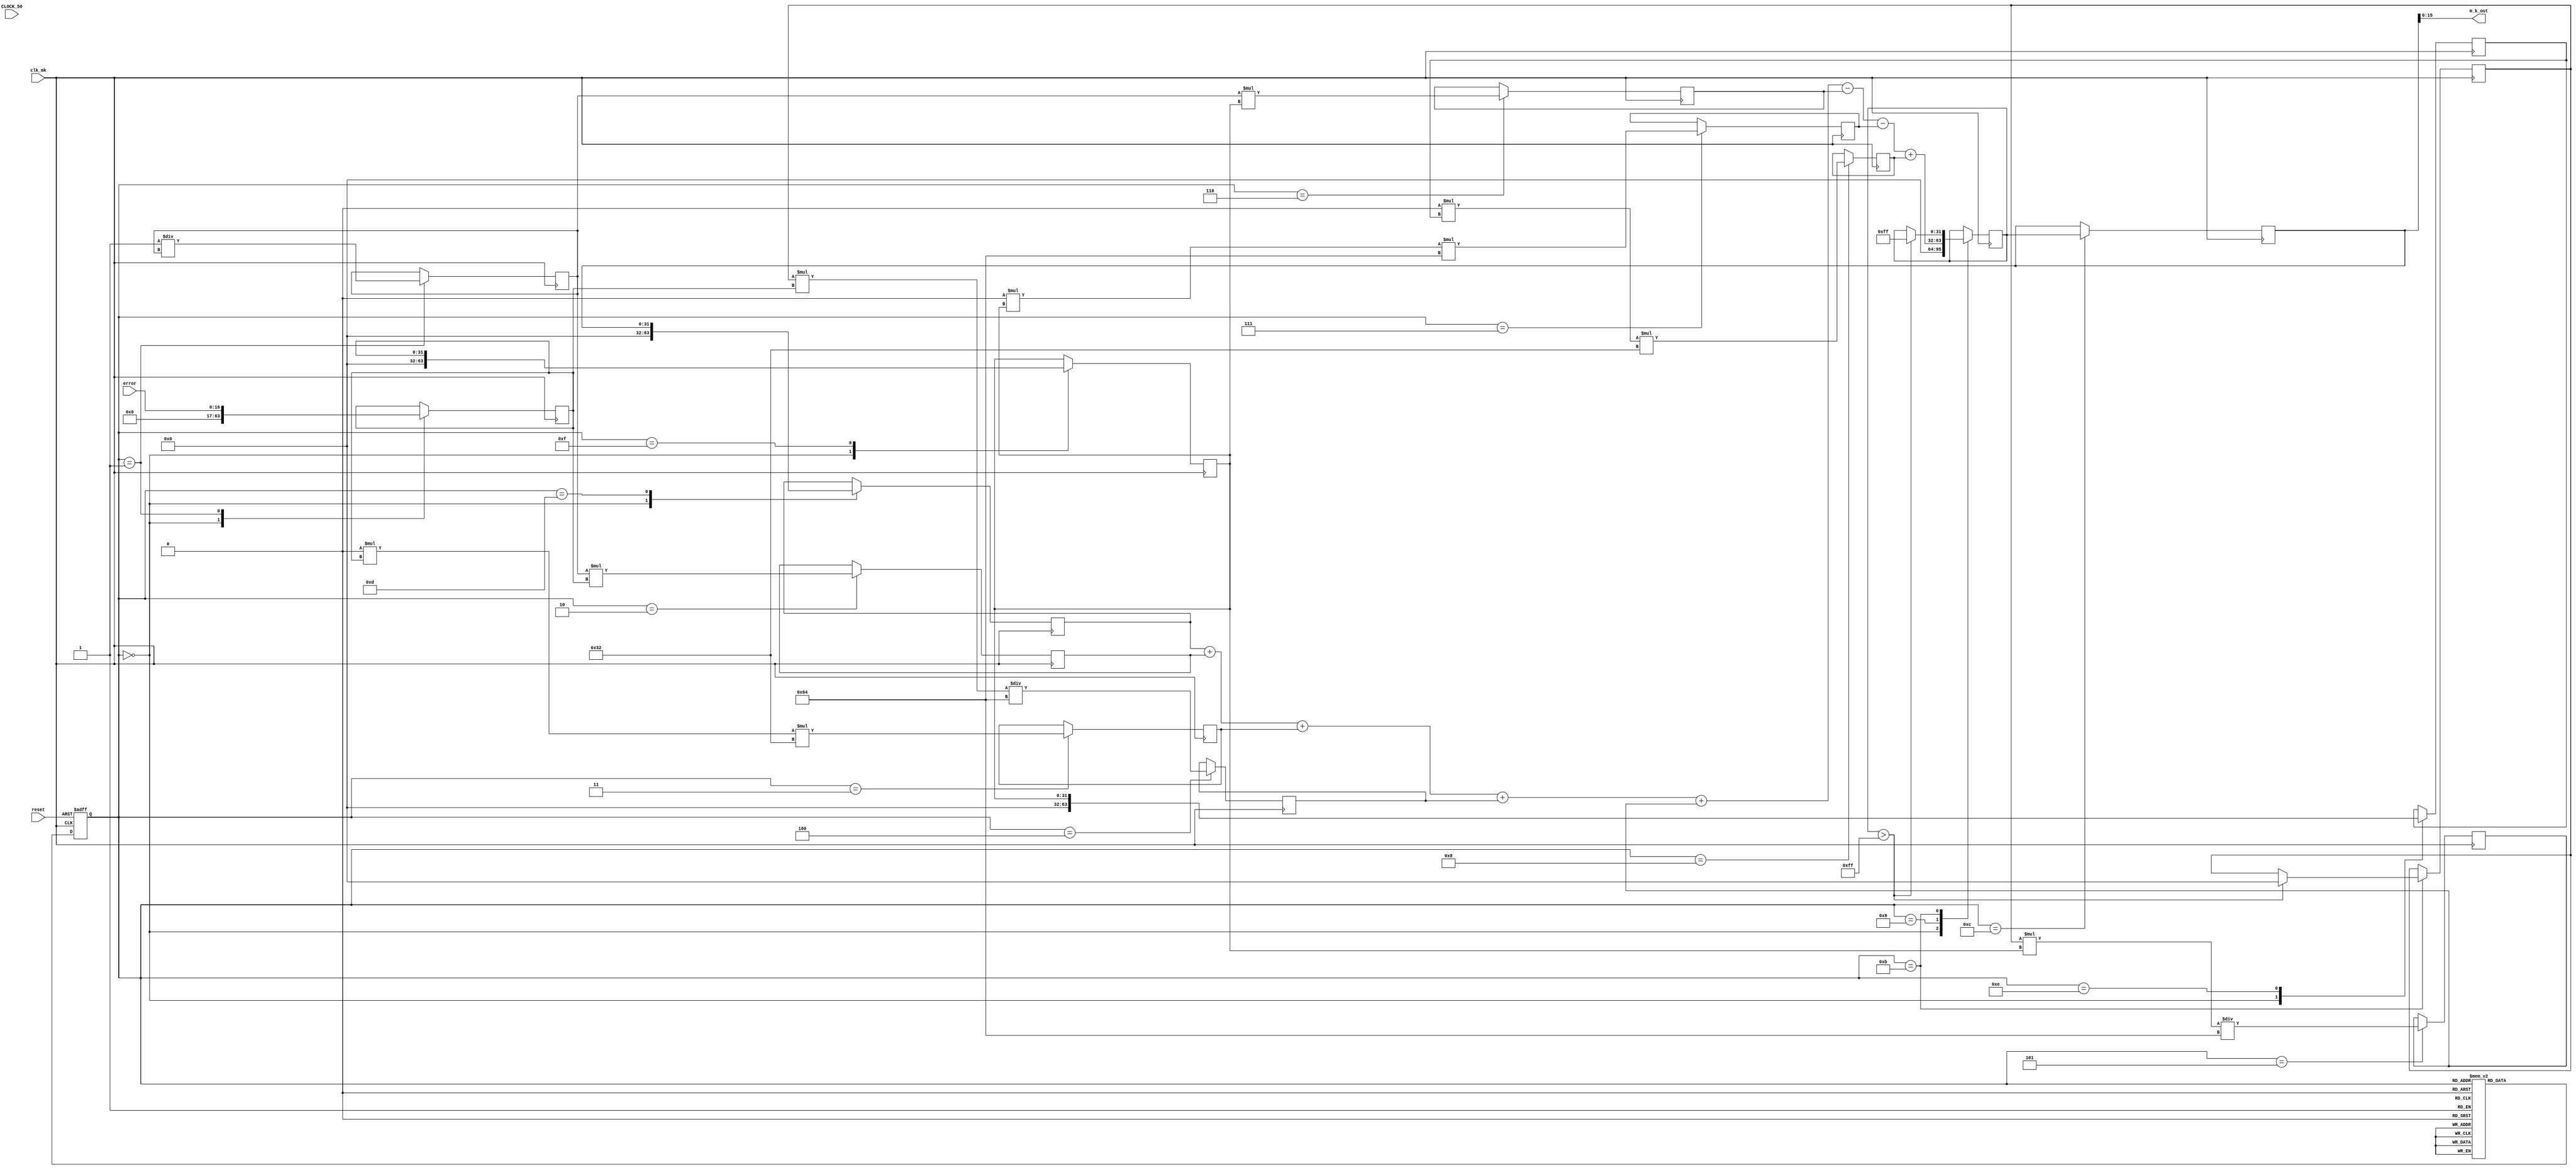
//////////////////////////////////////////////////////////////////////////////////
// University: 	 UPB
// Module Name:    controlador 
// Project Name: 	 ControlPID
// Target Devices: DE0-Nano
//////////////////////////////////////////////////////////////////////////////////
//module controlador(clk_mk, CLOCK_50, error, m_k_out, reset, KP, KI);	
module controlador(clk_mk, CLOCK_50, error, m_k_out, reset);	

input clk_mk, CLOCK_50, reset;
input [16:0] error;			
//input [31:0] KP,KI;
output [15:0] m_k_out;
//output [5:0] GP,GI,GD;


reg [31:0] m_k=32'd0;//muestra actual	
reg [31:0] m_k_1=32'd0;		//muestra anterior 
reg [31:0] e_k_1=32'd0;		//error anterior
reg [31:0] e_k_2=32'd0;		//error 2 veces anterior
reg [31:0] e_k=32'd0;		//error actual
reg [31:0] u_k=32'd0;  		//resultado de la ecuacion PID

reg [31:0] Kp = 32'd1; 		//ganancia proporcional //8//6
reg [31:0] Ki = 32'd50;    //doble sintonizacion		//ganancia integral  //4//2
reg [31:0] Kd = 32'd0; 		//ganancia derivativa 

reg [31:0] f = 32'd50;  		// 1/T frecuencia de muestreo

reg [31:0]u_k_A=32'd0;
reg [31:0]u_k_B=32'd0;
reg [31:0]u_k_C=32'd0;
reg [31:0]u_k_D=32'd0;
reg [31:0]u_k_E=32'd0;
reg [31:0]u_k_F=32'd0;
reg [31:0]u_k_G=32'd0;

/////controlador P////
//reg [24:0] u_k=25'd0;
//always @(posedge clk_20k)
//	u_k<=((Kp)*(e_k)); //////m(k)=Kp*e(k)

	
parameter [3:0] E0=4'b0000;
parameter [3:0] E1=4'b0001;
parameter [3:0] E2=4'b0010;
parameter [3:0] E3=4'b0011;
parameter [3:0] E4=4'b0100;
parameter [3:0] E5=4'b0101;
parameter [3:0] E6=4'b0110;
parameter [3:0] E7=4'b0111;
parameter [3:0] E8=4'b1000;
parameter [3:0] E9=4'b1001;
parameter [3:0] E10=4'b1010;
parameter [3:0] E11=4'b1011;
parameter [3:0] E12=4'b1100;
parameter [3:0] E13=4'b1101;
parameter [3:0] E14=4'b1110;
parameter [3:0] E15=4'b1111;

reg [3:0] estado=4'b0000;
reg [3:0] sgt_estado;

always@(posedge clk_mk or posedge reset)	//logica del registro del siguiente estado
 begin
	if (reset)
	  estado<=E0;
	else
	  estado<=sgt_estado;
 end
 
always @*	//logica secuencial
	case(estado[3:0])
		E0: sgt_estado[3:0]=E1;
		E1: sgt_estado[3:0]=E2;
		E2: sgt_estado[3:0]=E3;
		E3: sgt_estado[3:0]=E4;
		E4: sgt_estado[3:0]=E5;
		E5: sgt_estado[3:0]=E6;
		E6: sgt_estado[3:0]=E7;
		E7: sgt_estado[3:0]=E8;
		E8: sgt_estado[3:0]=E9;
		E9: sgt_estado[3:0]=E10;
		E10: sgt_estado[3:0]=E11;
		E11: sgt_estado[3:0]=E12;
		E12: sgt_estado[3:0]=E13;
		E13: sgt_estado[3:0]=E14;
		E14: sgt_estado[3:0]=E15;
		E15: sgt_estado[3:0]=E1;
		default: sgt_estado[3:0]=E0;
	endcase

always @(posedge clk_mk)	//logica combinacional ...MANTENER SINCRONIZADO CON clk_mk
	case(estado[3:0])
	  E0: begin	  //estado de reinicio
				m_k_1[31:0]<=32'd0;		
				e_k_1[31:0]<=32'd0;		
				e_k_2[31:0]<=32'd0;		
				e_k[31:0]<=32'd0;		
				u_k[31:0]<=32'd0;
			end 
	  E1: begin
				e_k[31:0] <= {15'b000_0000_0000_0000,error[16:0]}; //  e(k) = error
				Kp[31:0]<=1/Kp[31:0];
				Ki[31:0]<=Ki[31:0];
			end
	  E2: u_k_A[31:0] <=  ((Kp)*(e_k[31:0])); 
	  E3:	u_k_B[31:0]	<=	 ((Kd)*(e_k[31:0])*(32'd50)); 
	  E4:	u_k_C[31:0]	<=	 (((Ki)*(e_k[31:0]))/(32'd100)); 
	  E5:	u_k_D[31:0]	<=	 (((Ki)*(e_k_1[31:0]))/(32'd100));  
	  E6:	u_k_E[31:0]	<=	 ((Kp)*(e_k_1[31:0])); 
	  E7:	u_k_F[31:0]	<=	 ((Kd)*(e_k_1[31:0])*(32'd100));  
	  E8:	u_k_G[31:0]	<=	 ((Kd)*(e_k_2[31:0])*(32'd50)); 
	  
	  E9: u_k[31:0] <= ( (m_k_1[31:0]) + (u_k_A[31:0]) + (u_k_B[31:0]) + (u_k_C[31:0]) 
								+ (u_k_D[31:0]) - (u_k_E[31:0]) - (u_k_F[31:0]) + (u_k_G[31:0]) );  
			   //m(k) = m(k-1) + (Kp + Kd/T + KiT/2)*e(k) + (KiT/2 - Kp - 2Kd/T)*e(k-1) + (Kd/T)e(k-2)
	  E10: Ki<=Ki[31:0]; //doble sintoniz  
	  E11: begin //antiwindup
				if (u_k[31:0]>32'd255)  
					begin	
						u_k[31:0]<=32'd255; //enganche de la muestra en el maximo valor
						Ki[31:0]<=32'd0; 		//apaga la parte integral
					end
				else
					begin
						u_k[31:0]<=u_k[31:0];
					end
			end			
	  E12: m_k[31:0] <= u_k[31:0];       //  m(k) = u(k)
	  E13: m_k_1[31:0] <= m_k[31:0];		//  m(k-1) = m(k)
	  E14: e_k_2[31:0] <= e_k_1[31:0];	//  e(k-2) = e(k-1)
	  E15: e_k_1[31:0] <= e_k[31:0];		//  e(k-1) = e(k)
	  default: e_k[31:0] <= {15'b000_0000_0000_0000,error[16:0]};
	endcase

	assign m_k_out[15:0]=m_k[15:0];
	
	//assign GP[5:0]=Kp[5:0];//para el LCD
	//assign GI[5:0]=Ki[5:0];//para el LCD
	//assign GD[5:0]=Kd[5:0];//para el LCD
	
	endmodule